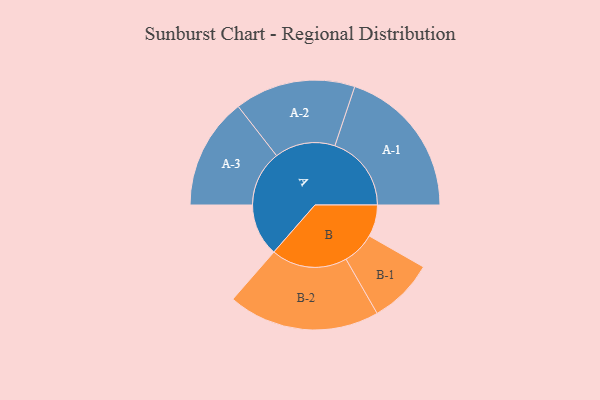
{"axis": {"x": "Segment", "y": "Value"}, "legend": ["", "A", "B"], "data": [{"x": "A", "y": 199, "type": ""}, {"x": "B", "y": 121, "type": ""}, {"x": "A-1", "y": 291, "type": "A"}, {"x": "A-2", "y": 230, "type": "A"}, {"x": "A-3", "y": 212, "type": "A"}, {"x": "B-1", "y": 124, "type": "B"}, {"x": "B-2", "y": 289, "type": "B"}]}